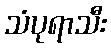
သံပုရာသီး